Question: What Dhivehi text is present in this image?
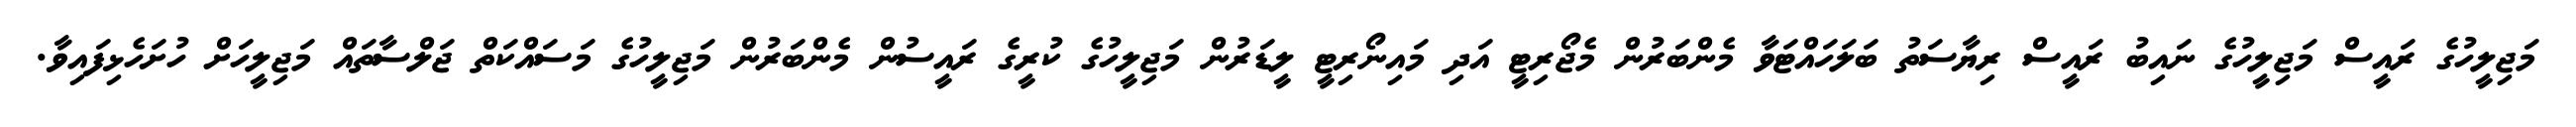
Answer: މަޖިލީހުގެ ރައީސް މަޖިލީހުގެ ނައިބު ރައީސް ރިޔާސަތު ބަލަހައްޓަވާ މެންބަރުން މެޖޯރިޓީ އަދި މައިނޯރިޓީ ލީޑަރުން މަޖިލީހުގެ ކުރީގެ ރައީސުން މެންބަރުން މަޖިލީހުގެ މަސައްކަތް ޖަލްސާތައް މަޖިލީހަށް ހުށަހެޅިފައިވާ.